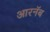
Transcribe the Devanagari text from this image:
आरनॅब